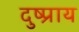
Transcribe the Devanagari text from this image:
दुष्प्राय